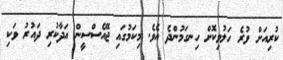
ކުރިއަށް ވުރެ ހަލުވިކޮށް ހިނގަމުންދެ އެވެ. މިކަމުގައި ޖޭއެސްސީން އަދާކުރި ދައުރު ވަކި